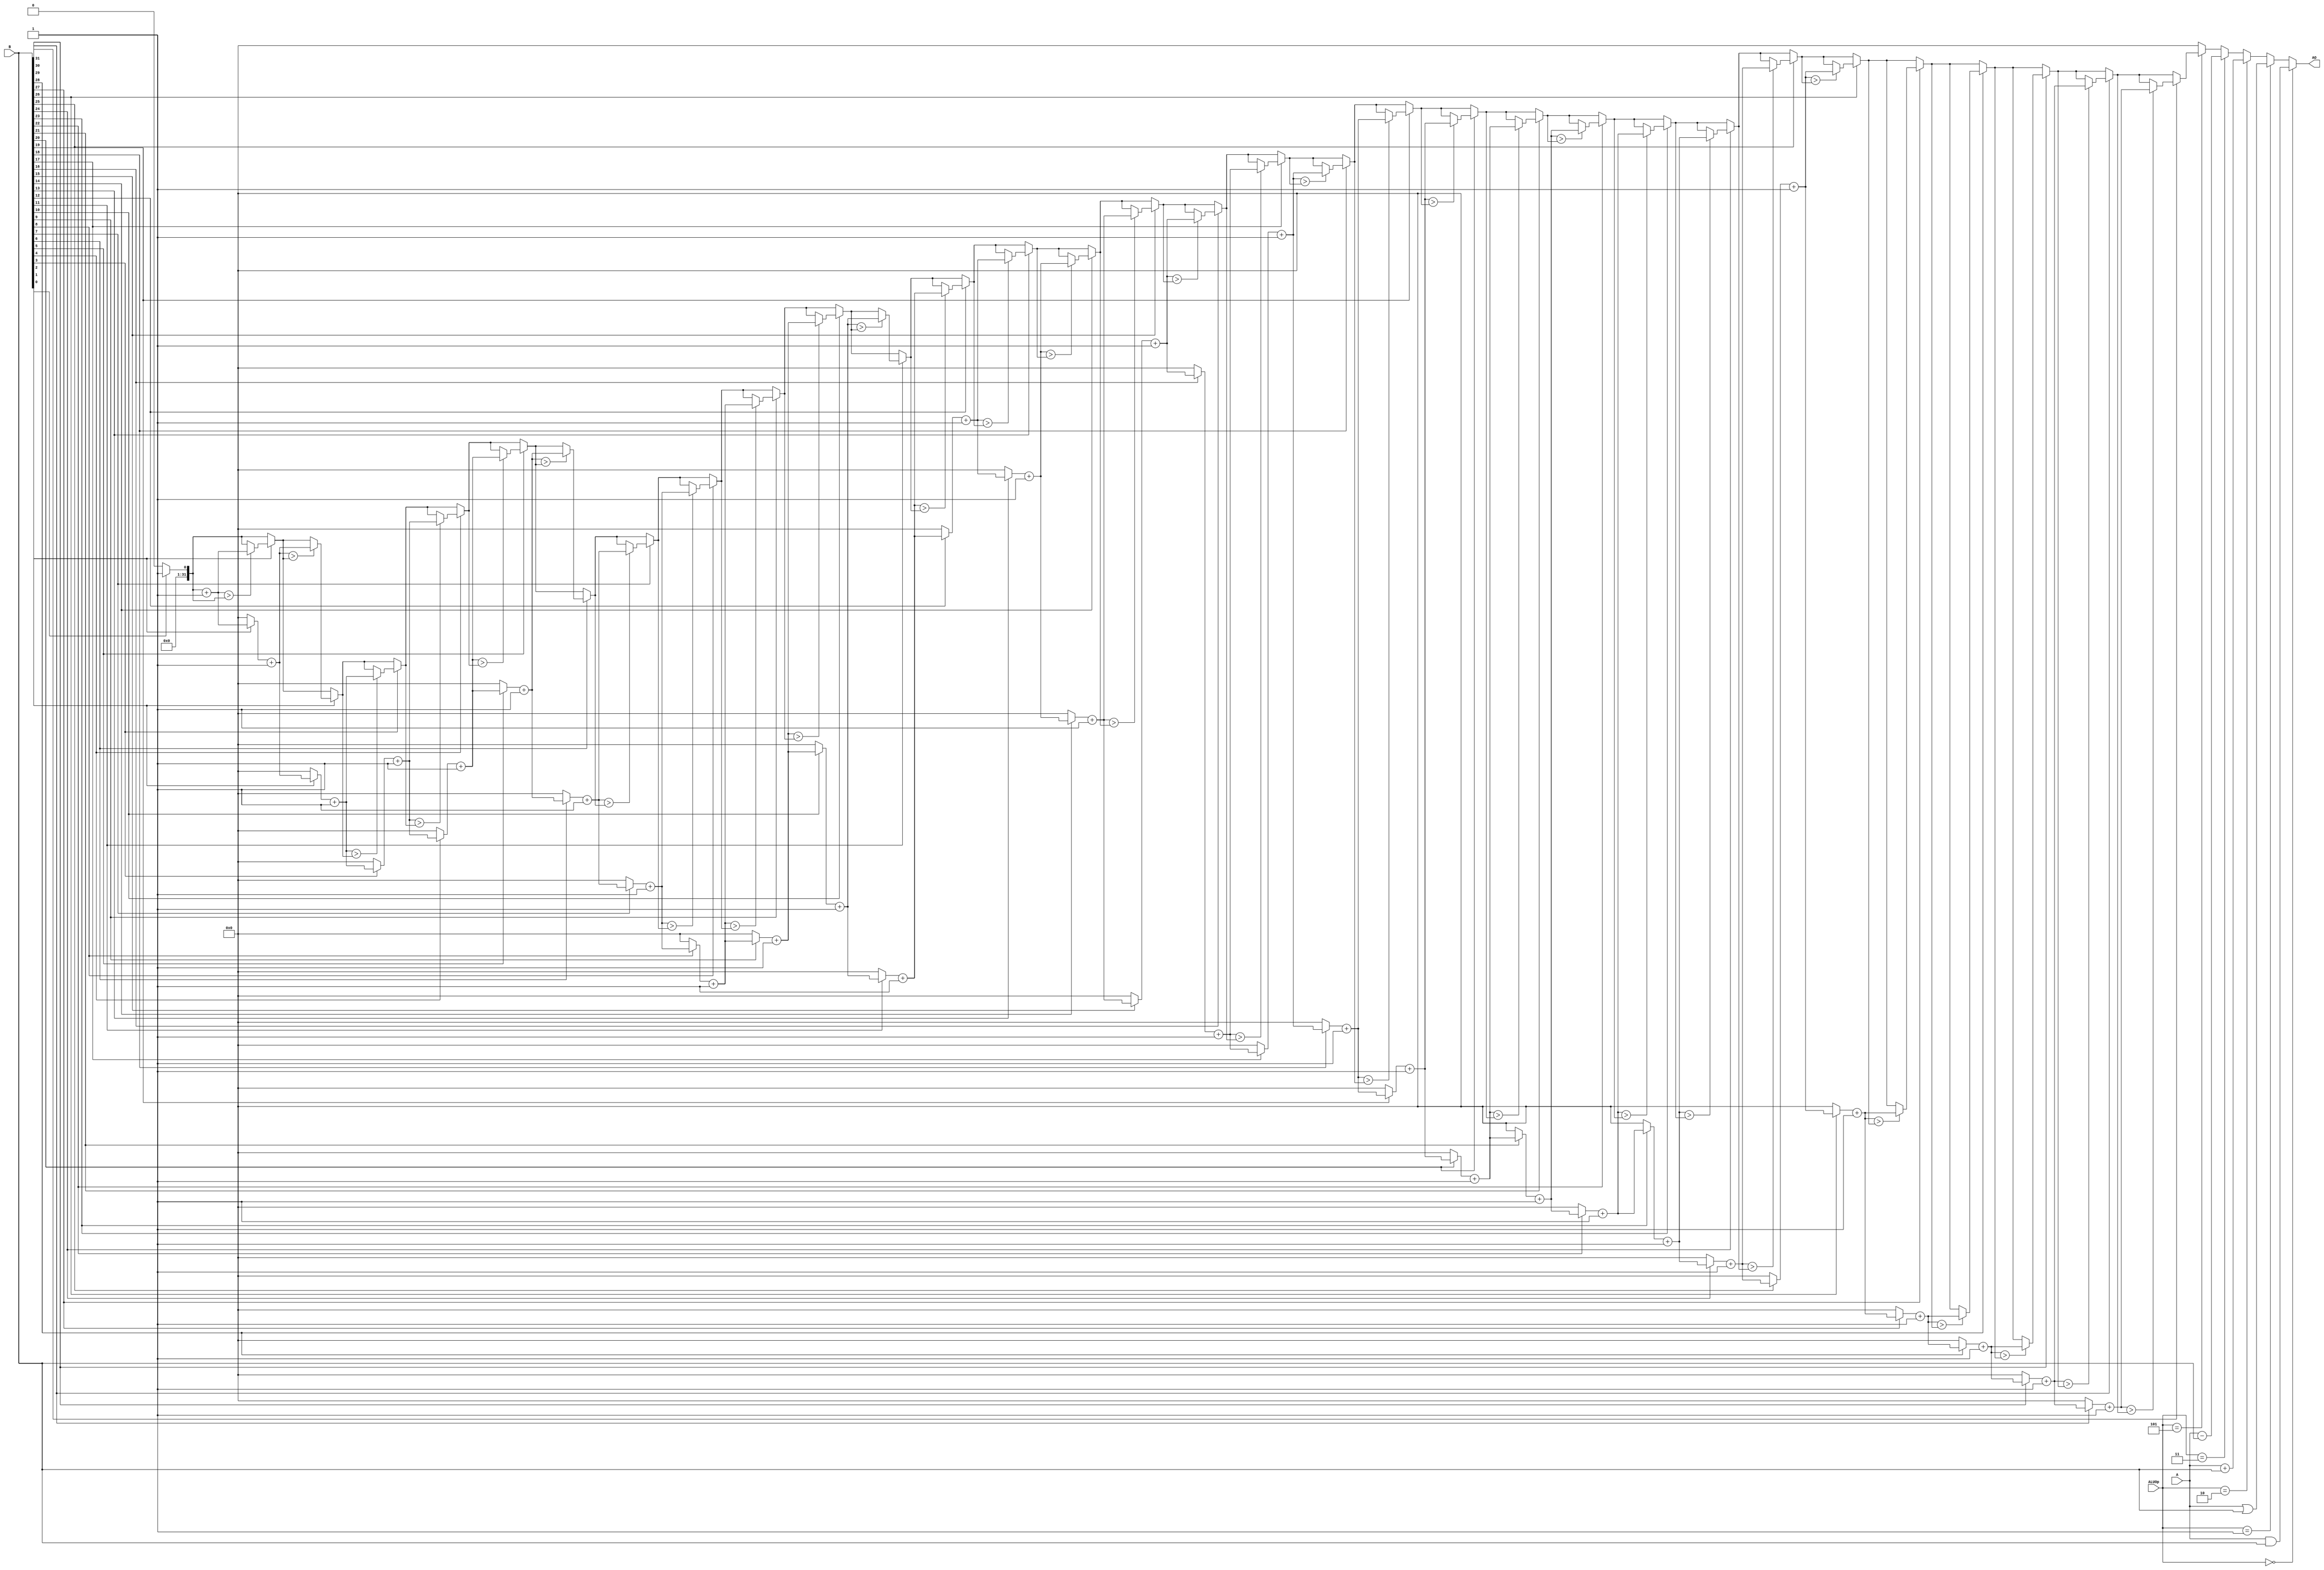
`timescale 1ns / 1ps
//////////////////////////////////////////////////////////////////////////////////
// Company: 
// Engineer: 
// 
// Design Name: 
// Module Name:    E_ALU 
// Project Name: 
// Target Devices: 
// Tool versions: 
// Description: 
//
// Dependencies: 
//
// Revision: 
// Revision 0.01 - File Created
// Additional Comments: 
//
//////////////////////////////////////////////////////////////////////////////////
module E_ALU(
    input [4:0] ALUOp,
    input [31:0] A,
    input [31:0] B,
    output [31:0] AO
    );
    
    function [31:0] cmco;
        input [31:0] b;
        reg [31:0] temp;
        reg [31:0] count;
        integer i;
        begin
            i=0;
            temp=0;
            count=0;
            cmco=0;
            for(i=0;i<=31;i=i+1) begin
                if(b[i]==1) begin
                    count = count+1;
                    if(count>temp) begin
                        temp=count;
                    end
                end
                else begin
                    count=0;
                end
            end
            cmco=temp;
        end
    endfunction
    
    assign AO = (ALUOp==5'd0)? (A&B):
                (ALUOp==5'd1)? (A|B):
                (ALUOp==5'd2)? (A+B):
                (ALUOp==5'd3)? (A-B):
                (ALUOp==5'd5)? cmco(B):
                32'h0000_0000;

endmodule